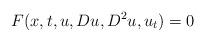
LaTeX: \begin{align*} F(x, t, u, Du, D^2u, u_t)=0 \end{align*}